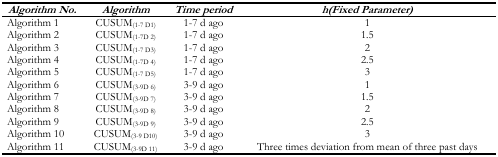
<table><thead><tr><td><b><i>Algorithm No.</i></b></td><td><b><i>Algorithm</i></b></td><td><b><i>Time period</i></b></td><td><b><i>h(Fixed Parameter)</i></b></td></tr></thead><tbody><tr><td>Algorithm 1</td><td>CUSUM<sub>(1–7 D1)</sub></td><td>1–7 d ago</td><td>1</td></tr><tr><td>Algorithm 2</td><td>CUSUM<sub>(1–7 D2)</sub></td><td>1–7 d ago</td><td>1.5</td></tr><tr><td>Algorithm 3</td><td>CUSUM<sub>(1–7 D3)</sub></td><td>1–7 d ago</td><td>2</td></tr><tr><td>Algorithm 4</td><td>CUSUM<sub>(1–7 D4)</sub></td><td>1–7 d ago</td><td>2.5</td></tr><tr><td>Algorithm 5</td><td>CUSUM<sub>(1–7 D5)</sub></td><td>1–7 d ago</td><td>3</td></tr><tr><td>Algorithm 6</td><td>CUSUM<sub>(3–9 D6)</sub></td><td>3–9 d ago</td><td>1</td></tr><tr><td>Algorithm 7</td><td>CUSUM<sub>(3–9 D7)</sub></td><td>3–9 d ago</td><td>1.5</td></tr><tr><td>Algorithm 8</td><td>CUSUM<sub>(3–9 D8)</sub></td><td>3–9 d ago</td><td>2</td></tr><tr><td>Algorithm 9</td><td>CUSUM<sub>(3–9 D9)</sub></td><td>3–9 d ago</td><td>2.5</td></tr><tr><td>Algorithm 10</td><td>CUSUM<sub>(3–9 D10)</sub></td><td>3–9 d ago</td><td>3</td></tr><tr><td>Algorithm 11</td><td>CUSUM<sub>(3–9 D11)</sub></td><td>3–9 d ago</td><td>Three times deviation from mean of three past days</td></tr></tbody></table>